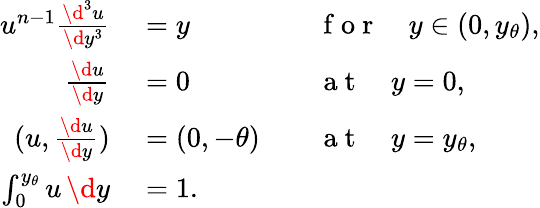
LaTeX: \begin{array}{rlrl}{u^{n-1}\frac{\d^{3}u}{\d y^{3}}}&{{}=y}&{}&{{}\mathrm{~f~o~r~}\quad y\in(0,y_{\theta}),}\\ {\frac{\d u}{\d y}}&{{}=0}&{}&{{}\mathrm{~a~t~}\quad y=0,}\\ {(u,\frac{\d u}{\d y})}&{{}=(0,-\theta)}&{}&{{}\mathrm{~a~t~}\quad y=y_{\theta},}\\ {\int_{0}^{y_{\theta}}u\, \d y}&{{}=1.}\end{array}